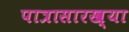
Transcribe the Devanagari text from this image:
पात्रासारख्या